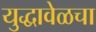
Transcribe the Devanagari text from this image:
युद्धावेळचा